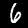
Label: 6